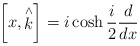
\begin{align*}\left[ x,\stackrel{\wedge }{k}\right] =i\cosh \frac {i}{2} \frac {d}{dx}\end{align*}